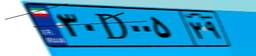
۱۳D۵۳۰۴۶